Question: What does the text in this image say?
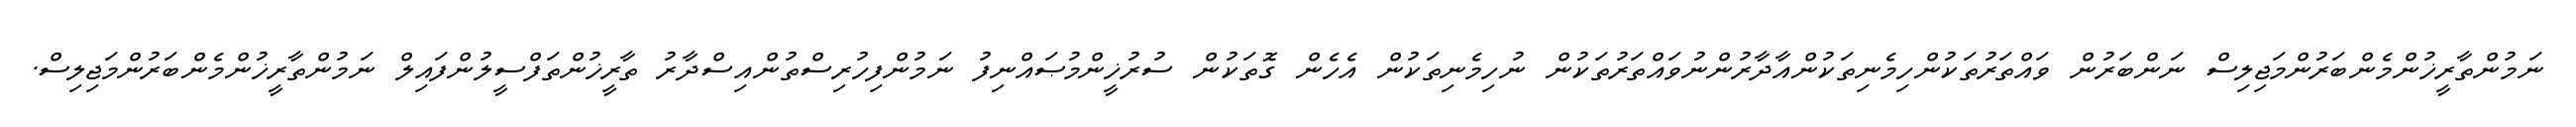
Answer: ނަމުންތާރީޚުންމެންބަރުންމަޖިލިސް ނަންބަރުން ވައްތަރުތަކުންހިމެނިތަކުންއާދާރުންނުވައްތަރުތަކުން ނުހިމެނިތަކުން އެހެން ގޮތަކުން ސުރުޚީންމުޞައްނިފު ނަމުންފިހުރިސްތުންއިސްދާރު ތާރީޚުންތަފްސީލުންފައިލް ނަމުންތާރީޚުންމެންބަރުންމަޖިލިސް.